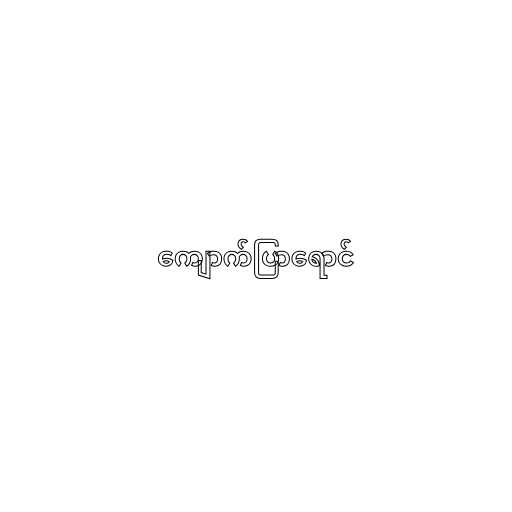
ကျောက်ပြာရောင်